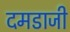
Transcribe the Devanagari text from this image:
दमडाजी